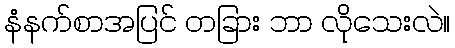
နံနက်စာအပြင် တခြား ဘာ လိုသေးလဲ။